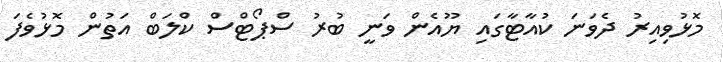
މޮޅުވިއިރު ދެވަނަ ކުއާޓާގައި ޔޫއެން ވަނީ ބުރު ސްޕޯޓްސް ކްލަބް އަތުން މޮޅުވެފަ